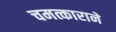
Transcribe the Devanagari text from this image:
चमत्काराने